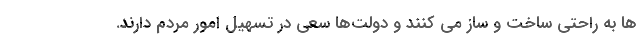
ها به راحتی ساخت و ساز می کنند و دولت‌ها سعی در تسهیل امور مردم دارند.